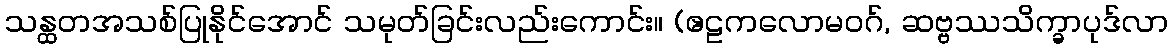
သန္ထတအသစ်ပြုနိုင်အောင် သမုတ်ခြင်းလည်းကောင်း။ (ဧဠကလောမဝဂ်, ဆဗ္ဗဿသိက္ခာပုဒ်လာ